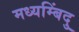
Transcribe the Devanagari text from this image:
मध्यम्बिंदु